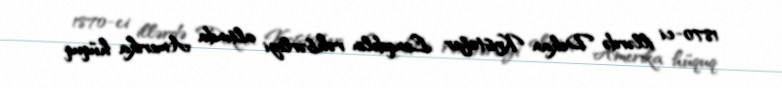
1870-ci illərdə Dekan Kristofer Lenqdelin rəhbərliyi altında Amerika hüquq